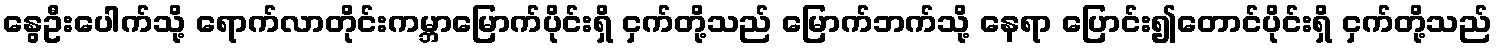
နွေဦးပေါက်သို့ ရောက်လာတိုင်းကမ္ဘာမြောက်ပိုင်းရှိ ငှက်တို့သည် မြောက်ဘက်သို့ နေရာ ပြောင်း၍တောင်ပိုင်းရှိ ငှက်တို့သည်